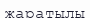
жаратылы